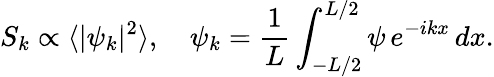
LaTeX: S_{k}\propto\langle|\psi_{k}|^{2}\rangle,\quad\psi_{k}=\frac{1}{L}\int_{-L/2}^{L/2}\psi\, e^{-ikx}\, dx.